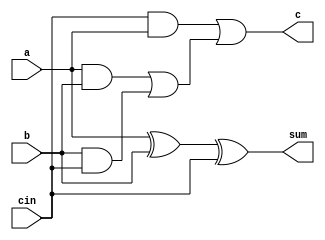
`timescale 1ns / 1ps
//////////////////////////////////////////////////////////////////////////////////
// Company: 
// Engineer: 
// 
// Design Name: 
// Module Name:    structuraladder 
// Project Name: 
// Target Devices: 
// Tool versions: 
// Description: 
//
// Dependencies: 
//
// Revision: 
// Revision 0.01 - File Created
// Additional Comments: 
//
//////////////////////////////////////////////////////////////////////////////////
module structuraladder(a,b,cin,sum,c );
input a,b,cin ;
output sum;
output  c;
xor x1(s1,a,b);
xor x2(sum,s1,cin);
and a1(s2,a,b);
and a2(s3,b,cin);
and a3(s4,cin,a);
or o1(s5,s2,s3);
or o2(c,s4,s5);
endmodule